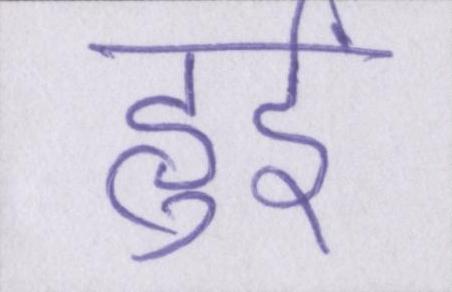
हुईं